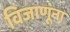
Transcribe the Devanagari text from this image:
विजाणूंना